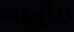
ગાહોઇ